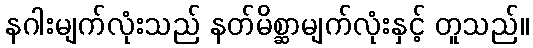
နဂါးမျက်လုံးသည် နတ်မိစ္ဆာမျက်လုံးနှင့် တူသည်။